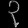
Digit: ၃